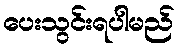
ပေးသွင်းရပါမည်